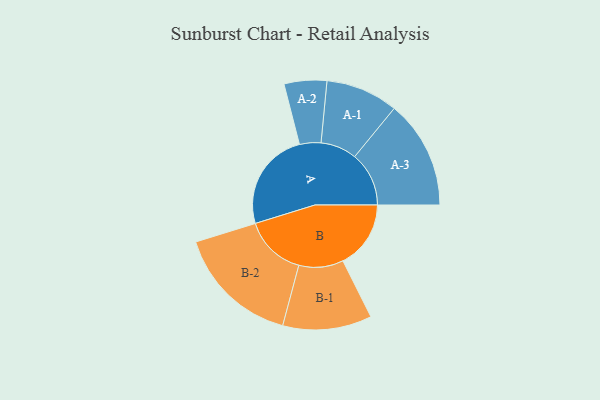
{"axis": {"x": "Segment", "y": "Value"}, "legend": ["", "A", "B"], "data": [{"x": "A", "y": 480, "type": ""}, {"x": "B", "y": 328, "type": ""}, {"x": "A-1", "y": 175, "type": "A"}, {"x": "A-2", "y": 103, "type": "A"}, {"x": "A-3", "y": 262, "type": "A"}, {"x": "B-1", "y": 215, "type": "B"}, {"x": "B-2", "y": 299, "type": "B"}]}